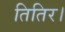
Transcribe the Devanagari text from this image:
तितिर।